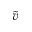
\tilde { v }